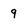
Character: 9